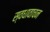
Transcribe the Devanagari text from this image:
स्वधावाचन